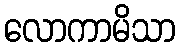
လောကာမိသာ